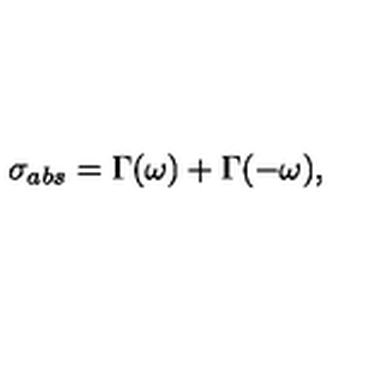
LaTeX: \sigma _ { a b s } = \Gamma ( \omega ) + \Gamma ( - \omega ) ,